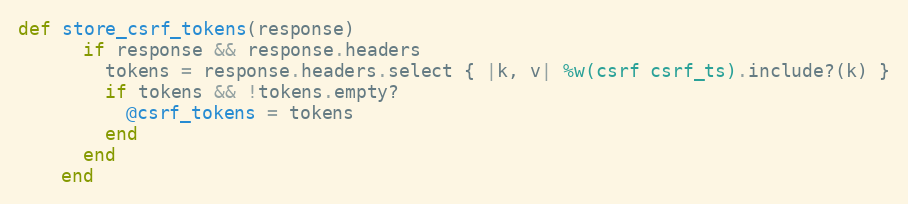
Language: Ruby
def store_csrf_tokens(response)
      if response && response.headers
        tokens = response.headers.select { |k, v| %w(csrf csrf_ts).include?(k) }
        if tokens && !tokens.empty?
          @csrf_tokens = tokens
        end
      end
    end